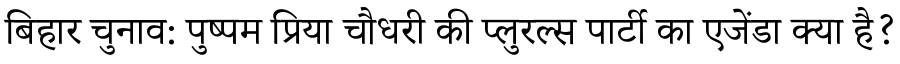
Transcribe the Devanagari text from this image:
बिहार चुनाव: पुष्पम प्रिया चौधरी की प्लुरल्स पार्टी का एजेंडा क्या है?